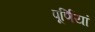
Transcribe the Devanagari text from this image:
पूर्णियां